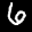
Label: 6